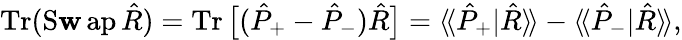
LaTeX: \operatorname{Tr}(\operatorname{S\mathbf{w}ap}\hat{{R}})=\operatorname{Tr}\big[(\hat{{P}}_{+}-\hat{{P}}_{-})\hat{{R}}\big]=\langle\! \langle\hat{{P}}_{+}|\hat{{R}}\rangle\! \rangle-\langle\! \langle\hat{{P}}_{-}|\hat{{R}}\rangle\! \rangle,